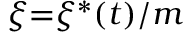
{ \xi } { = } { \xi } ^ { \ast } ( t ) / m